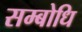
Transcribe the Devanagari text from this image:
सम्‍बोधि